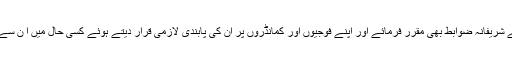
رسول اللہﷺ نے جنگ کے لیے شریفانہ ضوابط بھی مقرر فرمائے اور اپنے فوجیوں اور کمانڈروں پر ان کی پابندی لازمی قرار دیتے ہوئے کسی حال میں ا ن سے باہر جانے کی اجازت نہ دی۔